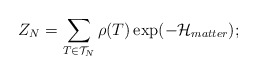
\begin{align*}Z_N = \sum_{T\in{\cal{T}}_N} \rho (T)\exp ( -{\cal{H}}_{matter} );\protect\end{align*}